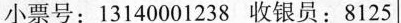
小票号：13140001238收银员：8125